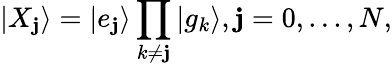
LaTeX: |X_{\mathbf{j}}\rangle=|e_{\mathbf{j}}\rangle\prod_{k\neq\mathbf{j}}|g_{k}\rangle,\mathbf{j}=0,...,N,